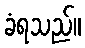
ခံရသည်။